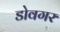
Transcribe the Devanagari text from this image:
डोवगर